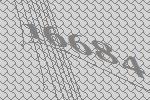
16684